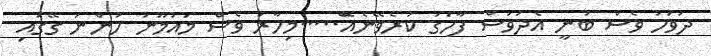
ދުވަހު ވެސް ބުނީ އެދުވަސް ފާހަގަ ކުރެވޭނެއެޭ.....މިހާރު ވެސް މައުމޫނު ހުންނަ ގޭގައި